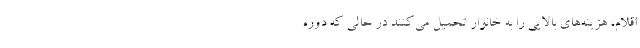
اقلام، هزینه‌های بالایی را به خانوار تحمیل می‌کنند در حالی که دوره